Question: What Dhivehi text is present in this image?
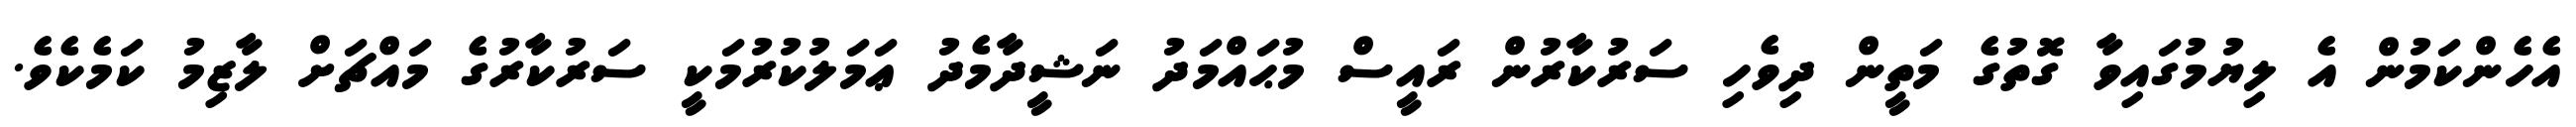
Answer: އެހެންކަމުން އެ ލިޔުމުގައިވާ ގޮތުގެ މަތީން ދިވެހި ސަރުކާރުން ރައީސް މުޙައްމަދު ނަޝީދާމެދު ޢަމަލުކުރުމަކީ ސަރުކާރުގެ މައްޗަށް ލާޒިމު ކަމެކެވެ.